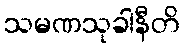
သမဏသုခါနီတိ